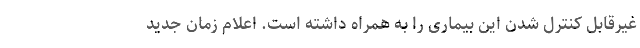
غیرقابل کنترل شدن این بیماری را به همراه داشته است. اعلام زمان جدید